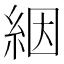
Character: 絪